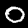
Digit: 0